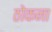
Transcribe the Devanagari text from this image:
ठोकना